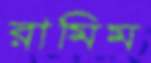
রামিম